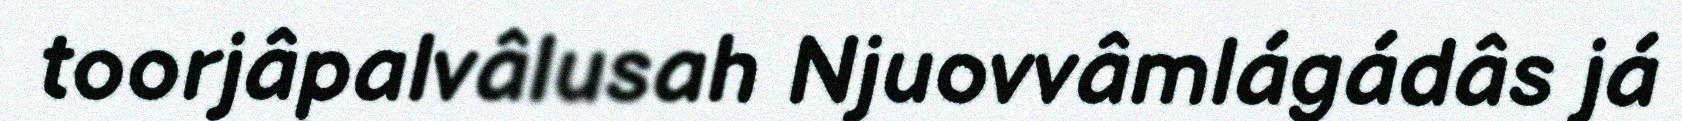
toorjâpalvâlusah Njuovvâmlágádâs já